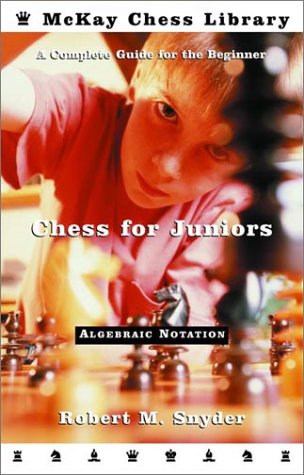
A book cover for Chess for Juniors: A Complete Guide for the Beginner; Robert M. Snyder; Humor & Entertainment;